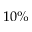
1 0 \%